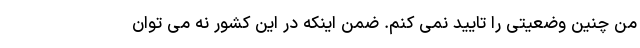
من چنین وضعیتی را تایید نمی کنم. ضمن اینکه در این کشور نه می توان